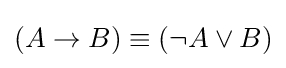
(A\rightarrow B)\equiv (\lnot A\lor B)